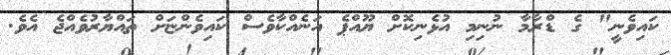
ކައިވެނީ" ގެ ޑްރާމާ ނުނިމި އުޅެނިކޮށް ޔޫއްޕެ އަނެއްކާވެސް ކައިވެންޏަށް ތައްޔާރުވެއްޖެ އެވެ.